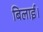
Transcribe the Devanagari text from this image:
बिलाई।